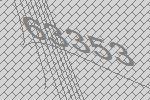
63353